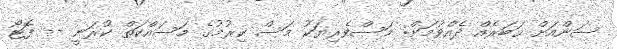
ސަންއަށް ޚަބަރެއް ދެއްވުމަށް: މަސްވެރިޔަކު މަސް ކިރުމުގެ މަސައްކަތް ކުރަނީ -- ފޮޓޯ